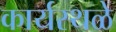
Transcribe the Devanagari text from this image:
कार्यस्थळे